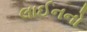
લાઈનનો